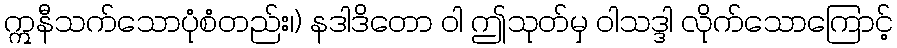
ဣနီသက်သောပုံစံတည်း၊) နဒါဒိတော ဝါ ဤသုတ်မှ ဝါသဒ္ဒါ လိုက်သောကြောင့်